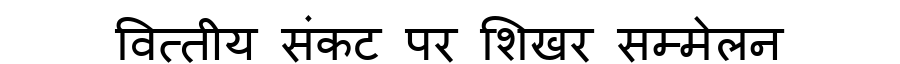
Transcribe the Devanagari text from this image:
वित्तीय संकट पर शिखर सम्मेलन